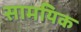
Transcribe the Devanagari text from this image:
सामयिक